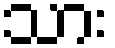
သား